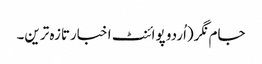
جام نگر(اُردو پوائنٹ اخبارتازہ ترین۔